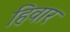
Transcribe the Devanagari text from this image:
हिवार